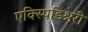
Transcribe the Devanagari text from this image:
एक्स्पिडिश्नरी